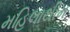
મહિલાથીમ